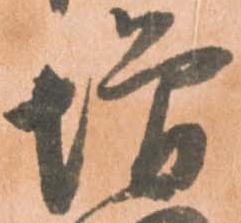
増